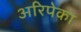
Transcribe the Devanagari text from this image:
अरिपेका